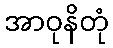
အာဝုနိတုံ